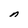
Character: n